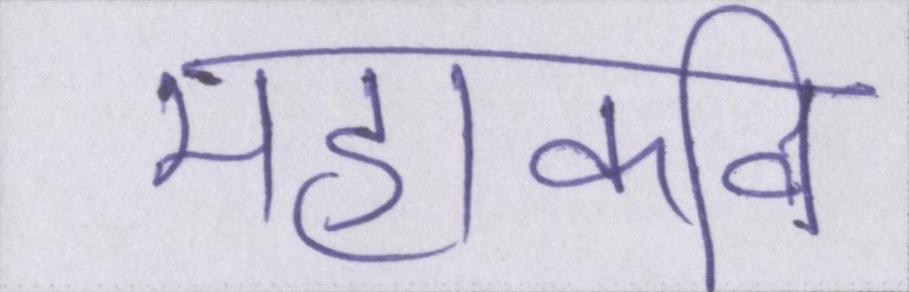
महाकवि